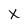
Character: x